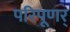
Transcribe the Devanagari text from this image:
परिपूणर्